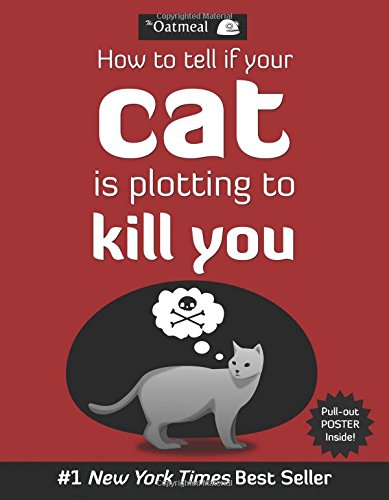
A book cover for How to Tell If Your Cat Is Plotting to Kill You; The Oatmeal; Comics & Graphic Novels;